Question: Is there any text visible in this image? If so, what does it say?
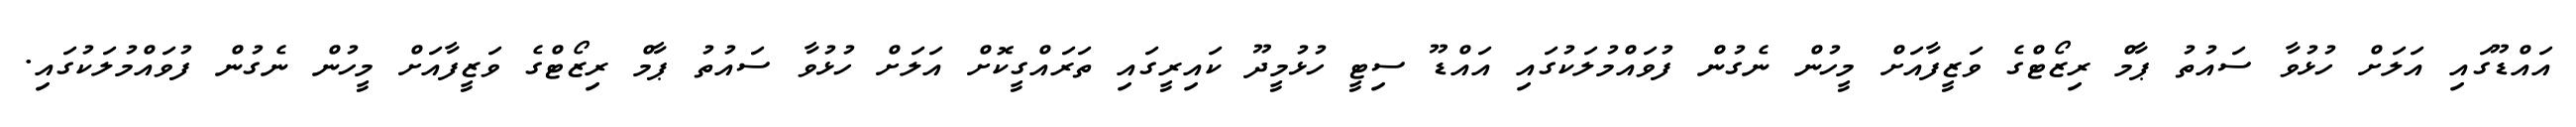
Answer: އައްޑޫގައި އަލަށް ހުޅުވާ ސައުތު ޕާމް ރިޒޯޓްގެ ވަޒީފާއަށް މީހުން ނެގުން ފުވައްމުލަކުގައި އައްޑޫ ސިޓީ ހުޅުމީދޫ ކައިރީގައި ތަރައްގީކޮށް އަލަށް ހުޅުވާ ސައުތު ޕާމް ރިޒޯޓްގެ ވަޒީފާއަށް މީހުން ނެގުން ފުވައްމުލަކުގައި.